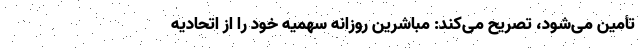
تأمین می‌شود، تصریح می‌کند: مباشرین روزانه سهمیه خود را از اتحادیه